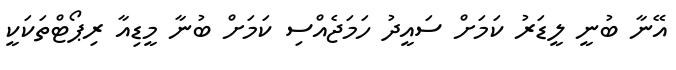
އޭނާ ބުނީ ލީޑަރު ކަމަށް ސައީދު ހަމަޖެއްސި ކަމަށް ބުނާ މީޑިއާ ރިޕޯޓްތަކަކީ